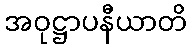
အဝုဋ္ဌာပနီယာတိ